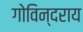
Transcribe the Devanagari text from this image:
गोविन्दराय